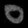
Digit: ၀